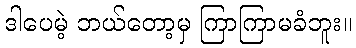
ဒါပေမဲ့ ဘယ်တော့မှ ကြာကြာမခံဘူး။